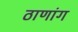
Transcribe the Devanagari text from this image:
ठाणांग